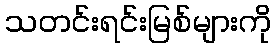
သတင်းရင်းမြစ်များကို